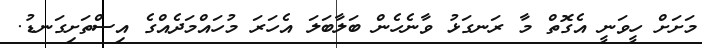
މަށަށް ހީވަނީ އެގޮތް މާ ރަނގަޅު ވާނެހެން ބަލާބަލަ އެހަރަ މުހައްމަދެއްގެ އިސްތަށިގަނޑު.